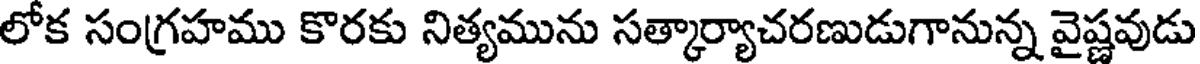
లోక సంగ్రహము కొరకు నిత్యమును సత్కార్యాచరణుడుగానున్న వైష్ణవుడు